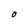
Character: O